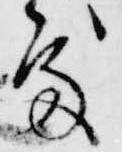
処